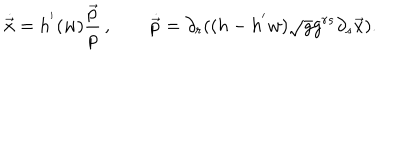
\dot { \vec { x } } = h ^ { ' } ( w ) \frac { \vec { p } } { p } \, , \qquad \dot { \vec { p } } = \partial _ { r } ( ( h - h ^ { ' } w ) \sqrt { g } g ^ { r s } \partial _ { s } \vec { x } ) .